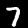
Label: 7